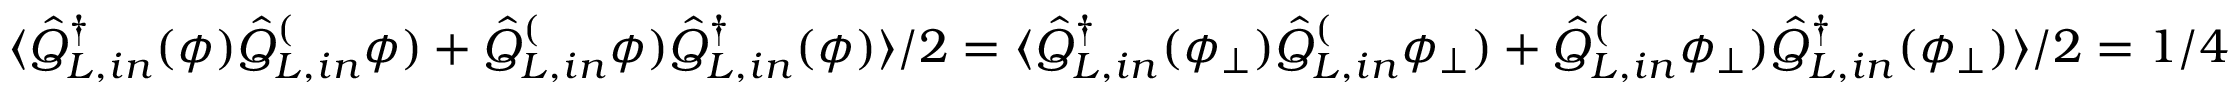
\langle \hat { Q } _ { L , i n } ^ { \dagger } ( \phi ) \hat { Q } _ { L , i n } ^ ( \phi ) + \hat { Q } _ { L , i n } ^ ( \phi ) \hat { Q } _ { L , i n } ^ { \dagger } ( \phi ) \rangle / 2 = \langle \hat { Q } _ { L , i n } ^ { \dagger } ( \phi _ { \bot } ) \hat { Q } _ { L , i n } ^ ( \phi _ { \bot } ) + \hat { Q } _ { L , i n } ^ ( \phi _ { \bot } ) \hat { Q } _ { L , i n } ^ { \dagger } ( \phi _ { \bot } ) \rangle / 2 = 1 / 4